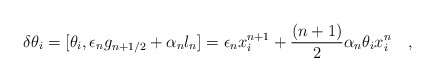
\begin{align*}\delta \theta _i=[\theta_{i},\epsilon_{n}g_{n+1/2}+\alpha_{n}l_{n}]=\epsilon_{n}x_{i}^{n+1}+\frac{(n+1)}{2}\alpha_{n}\theta_{i}x_{i}^{n}\quad ,\end{align*}